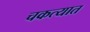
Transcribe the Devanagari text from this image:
चकत्यात